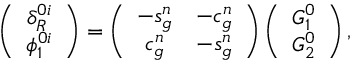
\left( \begin{array} { c } { { \delta _ { R } ^ { 0 i } } } \\ { { \phi _ { 1 } ^ { 0 i } } } \end{array} \right) = \left( \begin{array} { c c } { { - s _ { g } ^ { n } } } & { { - c _ { g } ^ { n } } } \\ { { c _ { g } ^ { n } } } & { { - s _ { g } ^ { n } } } \end{array} \right) \left( \begin{array} { c } { { G _ { 1 } ^ { 0 } } } \\ { { G _ { 2 } ^ { 0 } } } \end{array} \right) ,